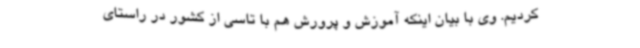
کردیم. وی با بیان اینکه آموزش و پرورش هم با تاسی از کشور در راستای